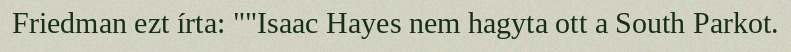
Friedman ezt írta: ""Isaac Hayes nem hagyta ott a South Parkot.